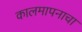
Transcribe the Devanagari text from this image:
कालमापनाचा